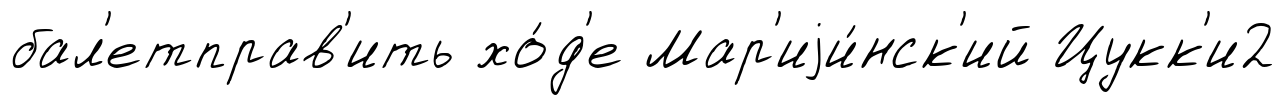
бал'етправ'ить хо́д'е Мар'иjи́нск'ий Цукк'и2